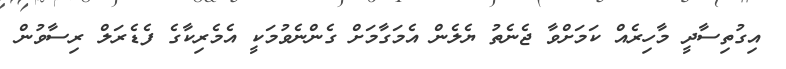
އިގުތިސާދީ މާހިރެއް ކަމަށްވާ ޖެނެތު ޔެލެން އެމަގާމަށް ގެންނެވުމަކީ އެމެރިކާގެ ފެޑެރަލް ރިސާވުން